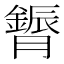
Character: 𮍈